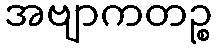
အဗျာကတဉ္စ